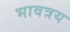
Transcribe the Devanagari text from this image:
भावत्रय